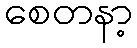
စေတနာ့